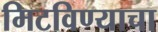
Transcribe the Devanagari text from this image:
मिटविण्याचा